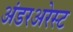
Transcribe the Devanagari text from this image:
अंडरअरेस्ट